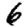
Digit: 6